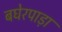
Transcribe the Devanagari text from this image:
बघेरपाड़ा